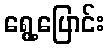
ရွေ့ပြောင်း